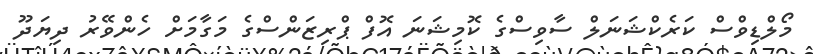
މޯލްޑިވްސް ކަރެކްޝަނަލް ސާވިސްގެ ކޮމިޝަނަ އޮފް ޕްރިޒަންސްގެ މަގާމަށް ހެންވޭރު ދިޔަދޫ